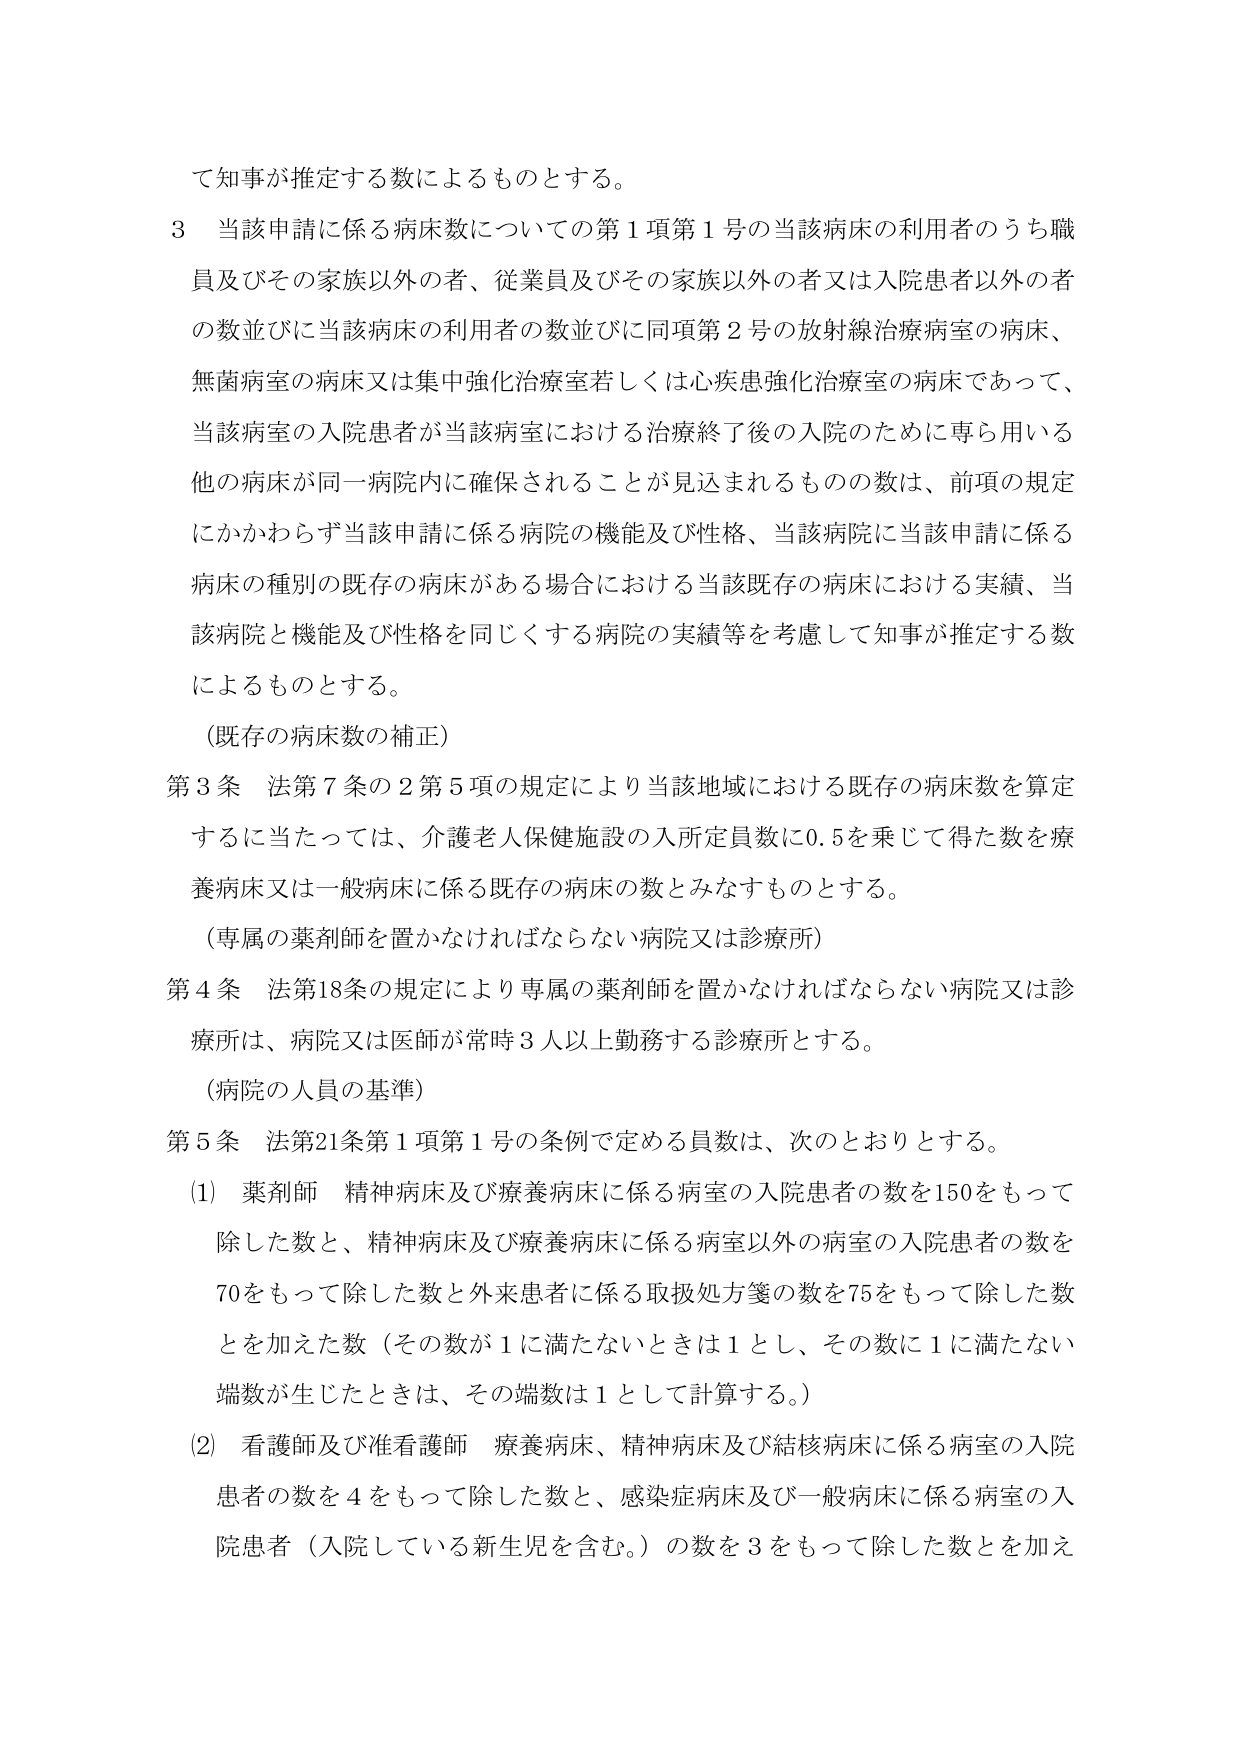
て知事が推定する数によるものとする。

３ 当該申請に係る病床数についての第１項第１号の当該病床の利用者のうち職員及びその家族以外の者、従業員及びその家族以外の者又は入院患者以外の者の数並びに当該病床の利用者の数並びに同項第２号の放射線治療病室の病床、無菌病室の病床又は集中強化治療室若しくは心疾患強化治療室の病床であって、当該病室の入院患者が当該病室における治療終了後の入院のために専ら用いる他の病床が同一病院内に確保されることが見込まれるもの数は、前項の規定にかかわらず当該申請に係る病院の機能及び性格、当該病院に当該申請に係る病床の種別の既存の病床がある場合における当該既存の病床における実績、当該病院と機能及び性格を同じくする病院の実績等を考慮して知事が推定する数によるものとする。

（既存の病床数の補正）

第３条 法第７条の２第５項の規定により当該地域における既存の病床数を算定するに当たっては、介護老人保健施設の入所定員数に0.5を乗じて得た数を療養病床又は一般病床に係る既存の病床の数とみなすものとする。

（専属の薬剤師を置かなければならない病院又は診療所）

第４条 法第18条の規定により専属の薬剤師を置かなければならない病院又は診療所は、病院又は医師が常時３人以上勤務する診療所とする。

（病院の人員の基準）

第５条 法第21条第１項第１号の条例で定める員数は、次のとおりとする。

（1） 薬剤師 精神病床及び療養病床に係る病室の入院患者の数を150をもって除した数と、精神病床及び療養病床に係る病室以外の病室の入院患者の数を70をもって除した数と外来患者に係る取扱処方箋の数を75をもって除した数とを加えた数（その数が１に満たないときは１とし、その数に１に満たない端数が生じたときは、その端数は１として計算する。）

（2） 看護師及び准看護師 療養病床、精神病床及び結核病床に係る病室の入院患者の数を４をもって除した数と、感染症病床及び一般病床に係る病室の入院患者（入院している新生児を含む。）の数を３をもって除した数とを加え